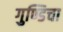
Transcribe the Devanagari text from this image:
गुण्डिचा